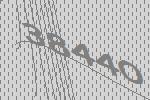
38440